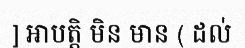
] អាបត្តិ មិន មាន ( ដល់